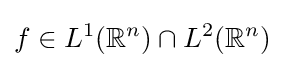
f\in L^{1}(\mathbb {R} ^{n})\cap L^{2}(\mathbb {R} ^{n})